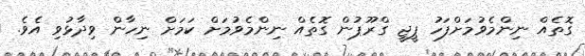
ގޮތެއް ނިންމެވުމަށްފަހު ޕީޖީ ގްރޫޕުން ގޮތެއް ނިންމެވުމަށް ކަމަށް ނިހާން ވިދާޅުވި އެވެ.